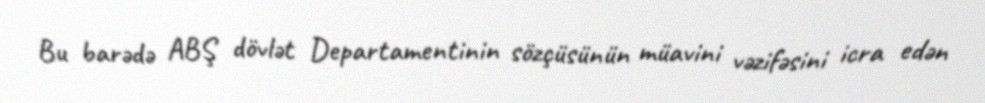
Bu barədə ABŞ dövlət Departamentinin sözçüsünün müavini vəzifəsini icra edən